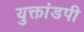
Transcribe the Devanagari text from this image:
युक्तांडपी